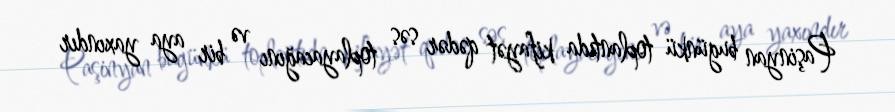
Paşinyan bugünkü toplantıda kifayət qədər səs toplayacağını və bir aya yaxındır